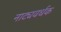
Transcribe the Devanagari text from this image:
नाट्यवर्धक